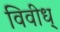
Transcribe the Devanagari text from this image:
विवीध्